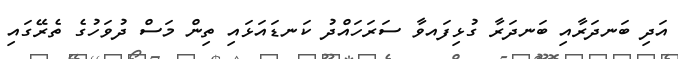
އަދި ބަނދަރާއި ބަނދަރާ ގުޅިފައވާ ސަރަހައްދު ކަނޑައަޅައި ތިން މަސް ދުވަހުގެ ތެރޭގައި